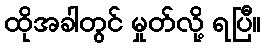
ထိုအခါတွင် မှုတ်လို့ ရပြီ။